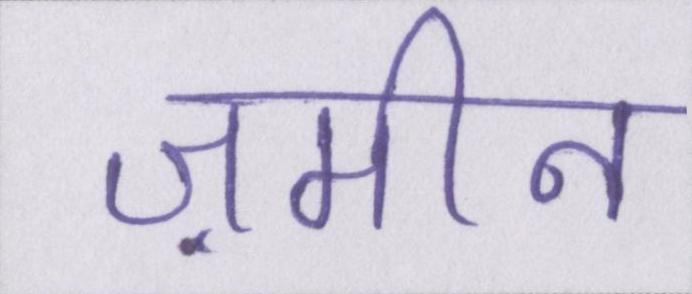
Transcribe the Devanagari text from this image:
ज़मीन